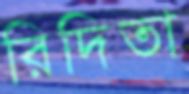
রিদিতা